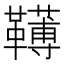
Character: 䪇